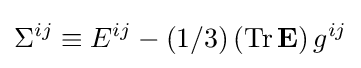
\Sigma ^{ij}\equiv E^{ij}-(1/3)\left(\mathrm {Tr} \,\mathbf {E} \right)g^{ij}